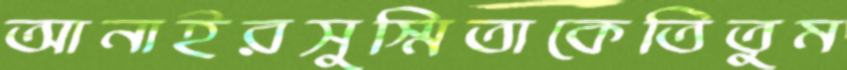
আনাইরসুস্মিতাকেতিতুম